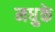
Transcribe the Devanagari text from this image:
मधुके